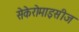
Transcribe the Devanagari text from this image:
सेकेरोमाइसीज